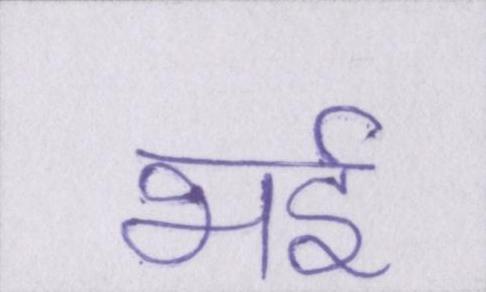
भई